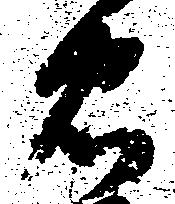
忠